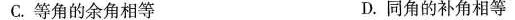
C.等角的余角相等 D.同角的补角相等